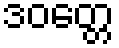
ဒဝတ္တေ